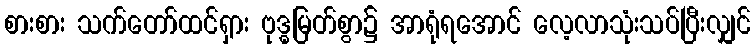
စားစား သက်တော်ထင်ရှား ဗုဒ္ဓမြတ်စွာ၌ အာရုံရအောင် လေ့လာသုံးသပ်ပြီးလျှင်